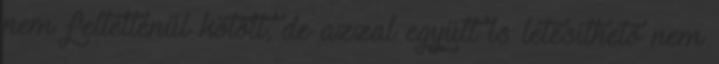
nem feltétlenül kötött, de azzal együtt is létesíthető nem